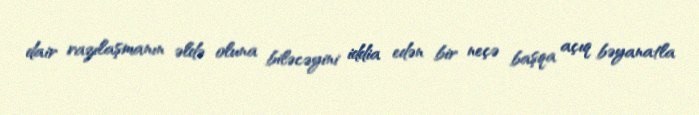
dair razılaşmanın əldə oluna biləcəyini iddia edən bir neçə başqa açıq bəyanatla